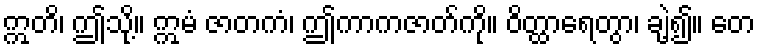
ဣတိ၊ ဤသို့။ ဣမံ ဇာတကံ၊ ဤကာကဇာတ်ကို။ ဝိတ္ထာရေတွာ၊ ချဲ့၍။ တေ